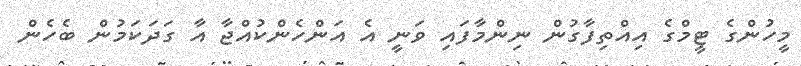
މީހުންގެ ޓީމްގެ އިއްތިފާގުން ނިންމާފައި ވަނީ އެ އަންހެންކުއްޖާ އާ ގަދަކަމުން ބެހެން